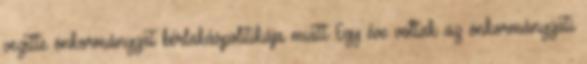
vezette önkormányzat bérlakáspolitikája miatt Egy éve voltak az önkormányzati